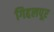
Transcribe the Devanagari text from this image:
गिद्दलपूर